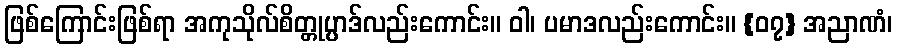
ဖြစ်ကြောင်းဖြစ်ရာ အကုသိုလ်စိတ္တုပ္ပာဒ်လည်းကောင်း။ ဝါ၊ ပမာဒလည်းကောင်း။ {၀၇} အညာဏံ၊